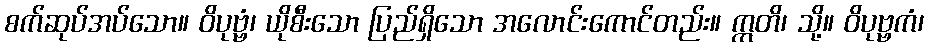
စက်ဆုပ်အပ်သော။ ဝိပုဗ္ဗံ၊ ယိုစီးသော ပြည်ရှိသော အလောင်းကောင်တည်း။ ဣတိ၊ သို့။ ဝိပုဗ္ဗကံ၊